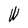
Character: W